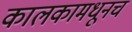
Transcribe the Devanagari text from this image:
कालकामधूनच